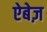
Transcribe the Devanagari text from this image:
ऐबेज़